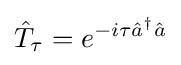
{\hat {T}}_{\tau }=e^{-i\tau {\hat {a}}^{\dagger }{\hat {a}}}